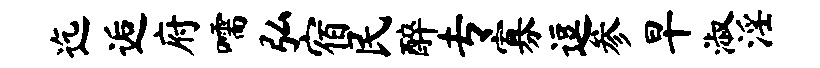
迄逅府嚅弘宿民醉专寡逗参早淑淫